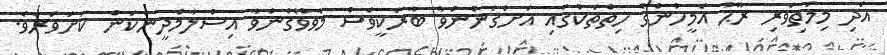
އަދި މިމަތިވެރި ރޫޙު އެމީހުންގެ ހިތްތަކުގައި އަށަގަންނުވާ ބާރަކީވެސް މާވްވެގެންވާ އިސްލާމްދީންކަން ކަށަވަރެވެ.